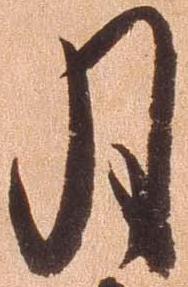
月